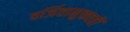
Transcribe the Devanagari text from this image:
वर्जितामुक्तवतीं